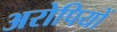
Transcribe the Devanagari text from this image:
अरोपियों